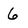
Character: 6